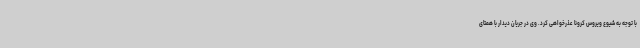
با توجه به شیوع ویروس کرونا عذرخواهی کرد. وی در جریان دیدار با همتای